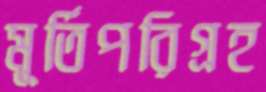
মূর্তিপরিগ্রহ